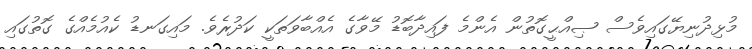
މުޅިދުނިޔޭގައިވެސް ޞިއްޙީގޮތުން އެންމެ ފައިދާބޮޑު މޭވާގެ އެއްބާވަތަކީ ކަދުރެވެ. މައިގަނޑު ކެއުމެއްގެ ގޮތުގައި